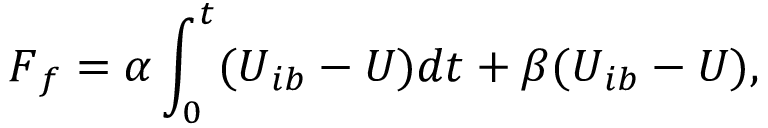
\boldsymbol { F } _ { f } = \alpha \int _ { 0 } ^ { t } ( \boldsymbol { U } _ { i b } - \boldsymbol { U } ) d t + \beta ( \boldsymbol { U } _ { i b } - \boldsymbol { U } ) ,